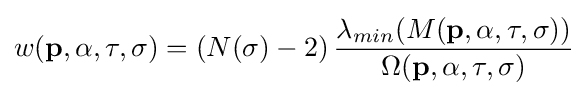
w(\mathbf {p} ,\alpha ,\tau ,\sigma )=\left(N(\sigma )-2\right){\frac {\lambda _{min}(M(\mathbf {p} ,\alpha ,\tau ,\sigma ))}{\Omega (\mathbf {p} ,\alpha ,\tau ,\sigma )}}